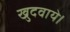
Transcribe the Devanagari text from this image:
खुदवाये।